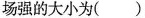
场强的大小为( )